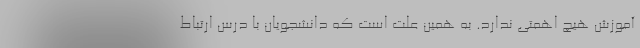
آموزش هیچ اهمتی ندارد. به همین علت است که دانشجویان با درس ارتباط